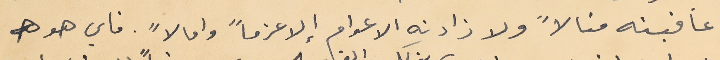
عافيته منالاً ولا زادته الاعوام إلا عزماً وامالا". فاي هو